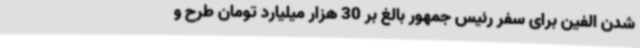
شدن الفین برای سفر رئیس جمهور بالغ بر 30 هزار میلیارد تومان طرح و